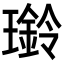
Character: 𤪊